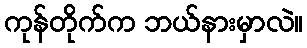
ကုန်တိုက်က ဘယ်နားမှာလဲ။